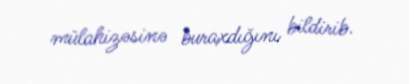
mülahizəsinə buraxdığını bildirib.